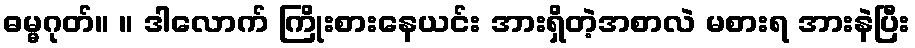
ဓမ္မဂုတ်။ ။ ဒါလောက် ကြိုးစားနေယင်း အားရှိတဲ့အစာလဲ မစားရ အားနဲပြီး